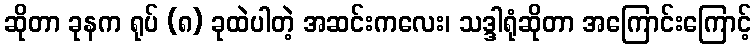
ဆိုတာ ခုနက ရုပ် (၈) ခုထဲပါတဲ့ အဆင်းကလေး၊ သဒ္ဒါရုံဆိုတာ အကြောင်းကြောင့်